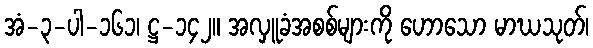
အံ-၃-ပါ-၁၆၁၊ ဋ္ဌ-၁၄၂။ အလှူခံအစစ်များကို ဟောသော မာဃသုတ်၊